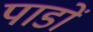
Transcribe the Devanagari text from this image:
पाडों